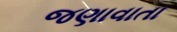
જણાવાતા